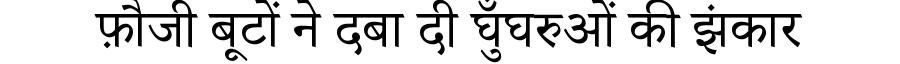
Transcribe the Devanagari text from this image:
फ़ौजी बूटों ने दबा दी घुँघरुओं की झंकार